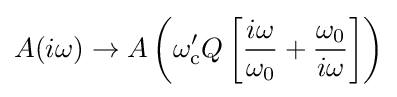
A(i\omega )\to A\left(\omega _{\text{c}}'Q\left[{\frac {i\omega }{\omega _{0}}}+{\frac {\omega _{0}}{i\omega }}\right]\right)